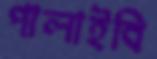
পালাইবি